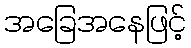
အခြေအနေဖြင့်